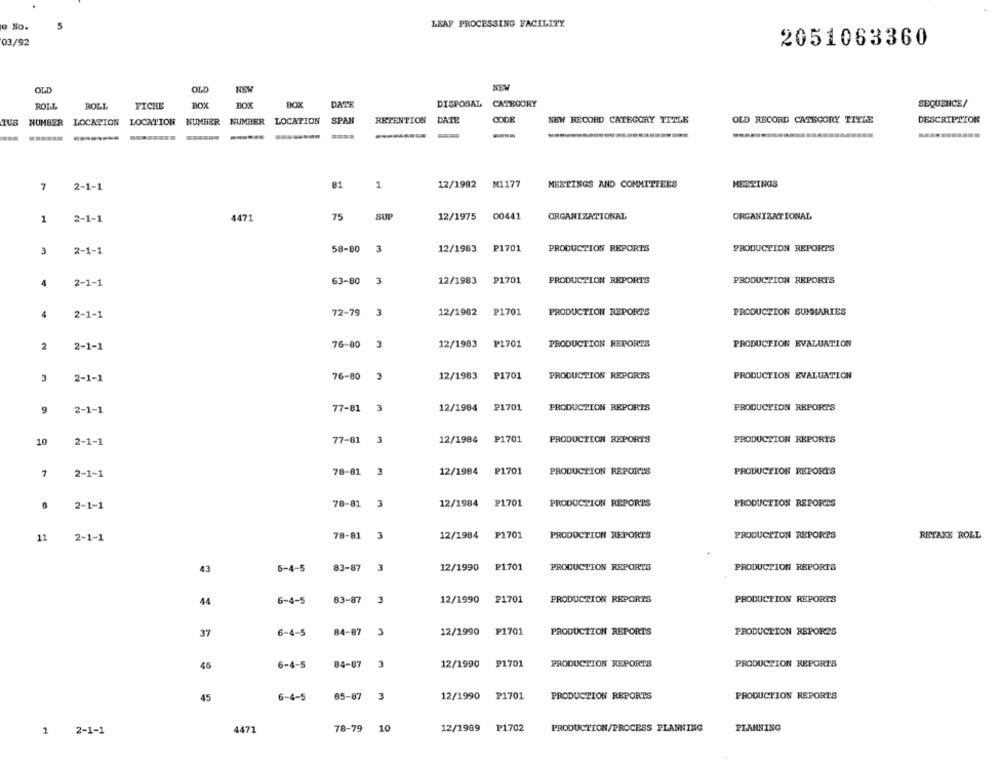
LEAF PROCESSING FACILITY
o No.
5
03/92
2051063360
OLD
OLD
NEM
ROT.T.
ROLL
FICHE
BOX
BOX
DATE
DISPOSAL CATEGORY
SEQUENCE/
NUMBER LOCATION
LOCATION
NUMBER NUMBER LOCATION
SPAN
RETENTION DATE
CODE
NEW RECORD CATEGORY TITLE
OLD RECORD CATEGORY TITLE
DESCRIPTION
-
81
1
12/1982
M1177
MEETINGS AND COMMITTEES
MEETINGS
7
2-1-1
75
1
2-1-1
4471
SUP
12/1975
00441
ORGANIZATIONAL
ORGANIZATIONAL
3
2-1-1
58-80
3
12/1983
P1701
PRODUCTION REPORTS
PRODUCTION REPORTS
4
2-1-1
63-80
3
12/1983
P1701
PRODUCTION REPORTS
PRODUCTION REPORTS
4
2-1-1
72-79
3
12/1982
P1701
PRODUCTION REPORTS
PRODUCTION SUMMARIES
76-80 3
12/1983
P1701
PRODUCTION REPORTS
PRODUCTION EVALUATION
2
2-1-1
76-80
3
12/1983
P1701
PRODUCTION REPORTS
PRODUCTION EVALUATION
3
2-1-1
77-81
3
12/1984
P1701
PRODUCTION REPORTS
9
2-1-1
PRODUCTION REPORTS
10
2-1-1
77-81
3
12/1984
P1701
PRODUCTION REPORTS
PRODUCTION REPORTS
7
2-1-1
78-81
3
12/1984
P1701
PRODUCTION REPORTS
PRODUCTION REPORTS
0
2-1-1
78-81
12/1984
P1701
PRODUCTION REPORTS
PRODUCTION REPORTS
2-1-1
78-81
12/1984
P1701
PRODUCTION REPORTS
PRODUCTION REPORTS
RETAKE ROLL
11
5-4-5
83-87
3
12/1990
P1701
PRODUCTION REPORTS
PRODUCTION REPORTS
43
12/1990
44
6-4-5
83-87
3
₽1701
PRODUCTION REPORTS
PRODUCTION REPORTS
37
6-4-5
84-87
3
12/1990
P1701
PRODUCTION REPORTS
PRODUCTION REPORTS
46
6-4-5
84-87
3
12/1990
P1701
PRODUCTION REPORTS
PRODUCTION REPORTS
6-4-5
85-87
3
12/1990
P1701
PRODUCTION REPORTS
PRODUCTION REPORTS
45
78-79
10
12/1989
P1702
PRODUCTION/PROCESS PLANNING
PLANNING
1
2-1-1
1471